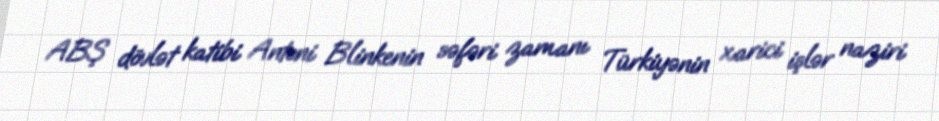
ABŞ dövlət katibi Antoni Blinkenin səfəri zamanı Türkiyənin xarici işlər naziri